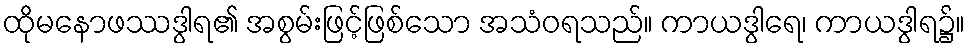
ထိုမနောဖဿဒွါရ၏ အစွမ်းဖြင့်ဖြစ်သော အသံဝရသည်။ ကာယဒွါရေ၊ ကာယဒွါရ၌။